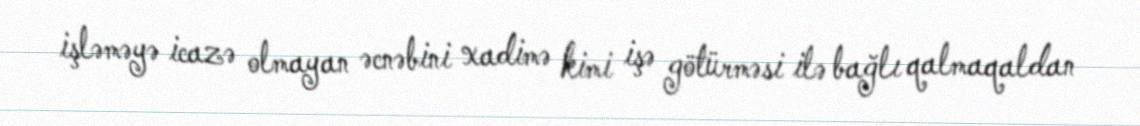
işləməyə icazə olmayan əcnəbini xadimə kimi işə götürməsi ilə bağlı qalmaqaldan